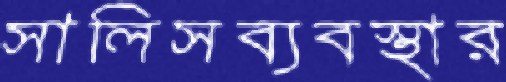
সালিসব্যবস্থার